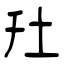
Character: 圱